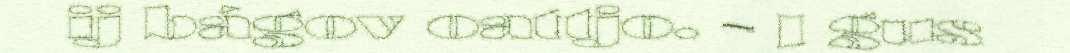
ij bágov oattjo. – I gus